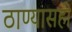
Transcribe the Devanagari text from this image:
ठाण्यासही